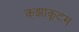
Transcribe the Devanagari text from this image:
कझाकूटम